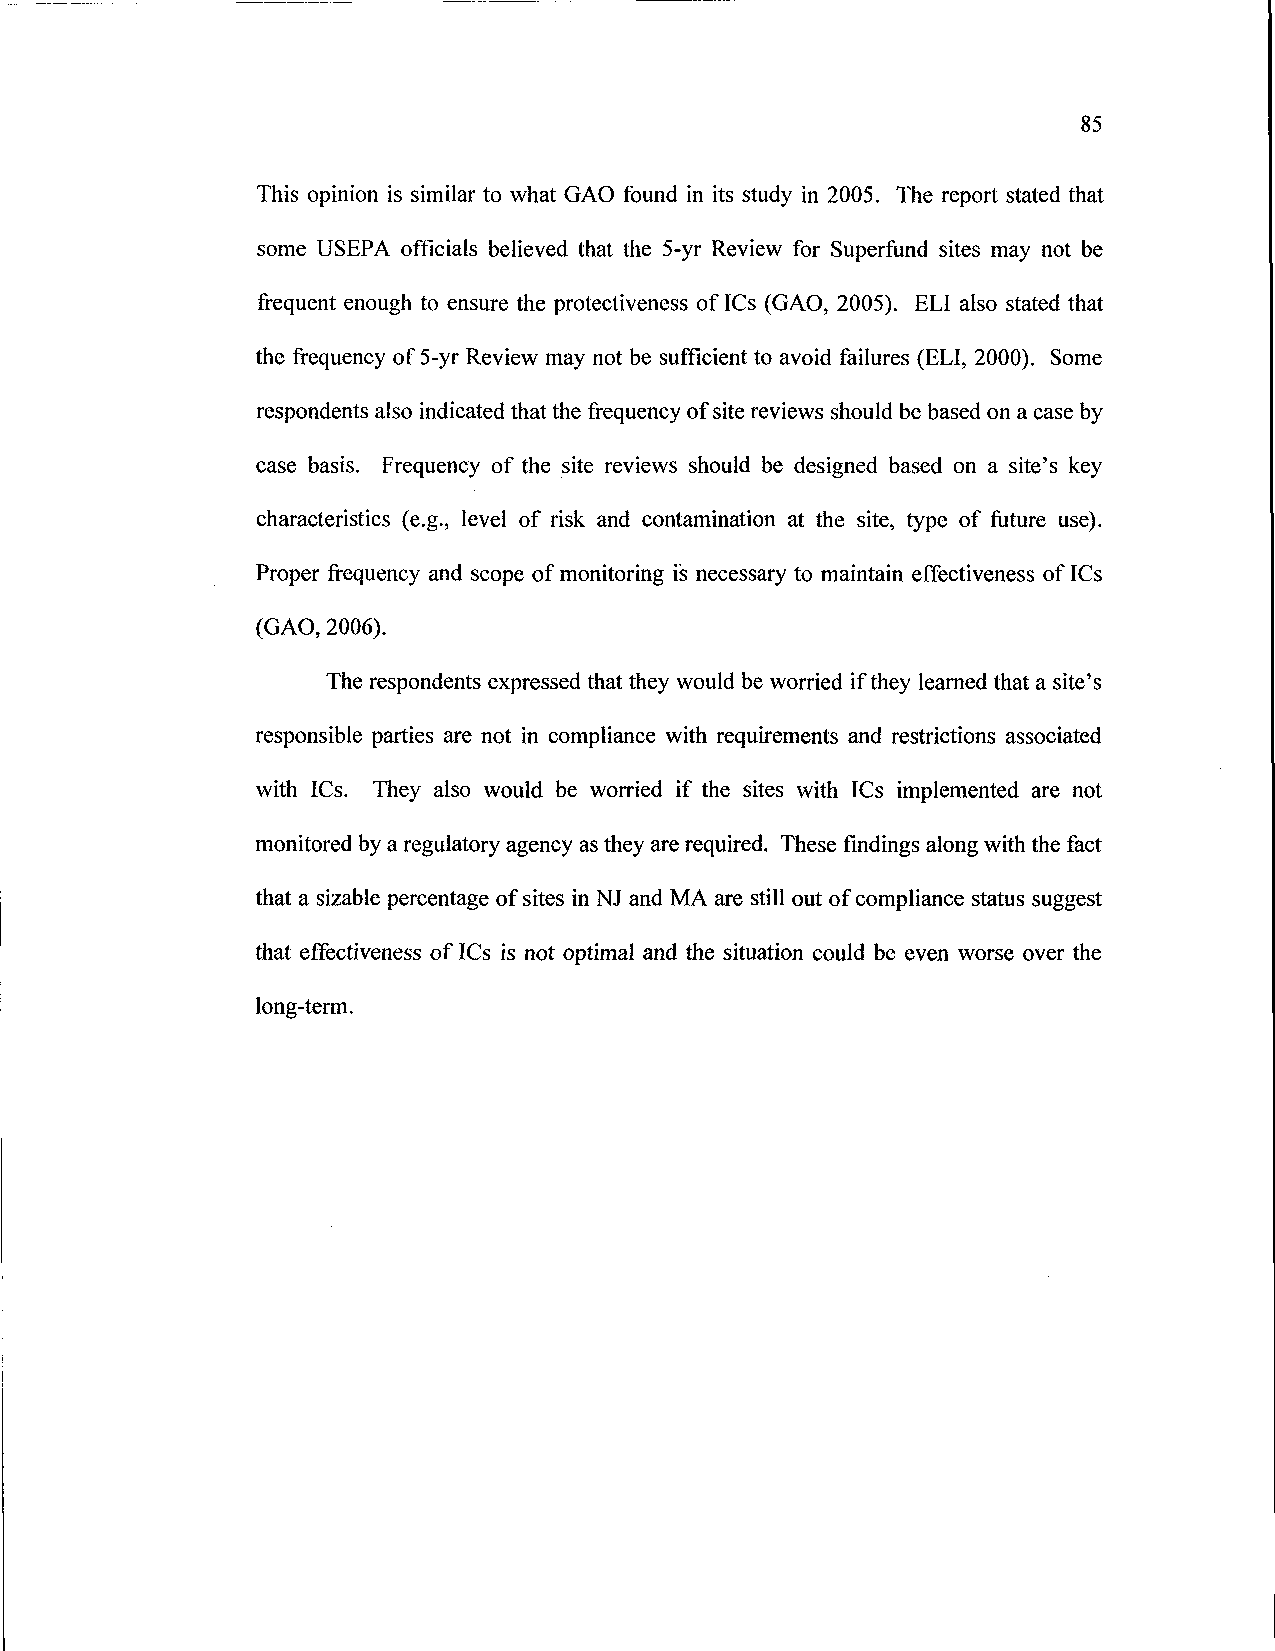
85
 This opinion is similar to what GAO found in its study in 2005. The report stated that
 some USEPA officials believed that the 5-yr Review for Superfund sites may not be
 frequent enough to ensure the protectiveness of ICs (GAO, 2005). ELI also stated that
 the frequency of 5-yr Review may not be sufficient to avoid failures (ELI, 2000). Some
 respondents also indicated that the frequency of site reviews should be based on a case by
 case basis. Frequency of the site reviews should be designed based on a site's key
 characteristics (e.g., level of risk and contamination at the site, type of future use).
 Proper frequency and scope of monitoring is necessary to maintain effectiveness of ICs
 (GAO, 2006).
 The respondents expressed that they would be worried if they learned that a site's
 responsible parties are not in compliance with requirements and restrictions associated
 with ICs. They also would be worried if the sites with ICs implemented are not
 monitored by a regulatory agency as they are required. These findings along with the fact
 that a sizable percentage of sites in NJ and MA are still out of compliance status suggest
 that effectiveness of ICs is not optimal and the situation could be even worse over the
 long-term.